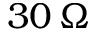
3 0 \, \Omega